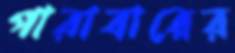
পারাবারের